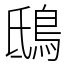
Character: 鴟